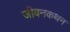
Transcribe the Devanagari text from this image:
जीवनकथन